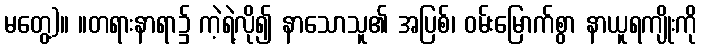
မတွေ့)။ ။တရားနာရာ၌ ကဲ့ရဲ့လို၍ နာသောသူ၏ အပြစ်၊ ဝမ်းမြောက်စွာ နာယူရကျိုးကို